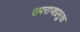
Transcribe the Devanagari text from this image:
उपराजप्रमुख